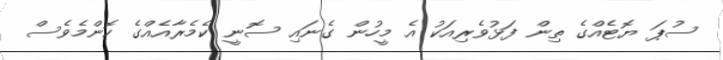
ސުޕަ ޔޮޓެއްގެ ތިން ފަޅުވެރިއަކު އެ މީހުން ގެނައި ސޮނީ ކެމެރާއެއްގެ ކޮންމެވެސް